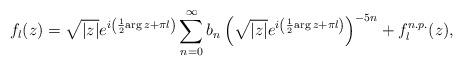
LaTeX: \begin{align*}f_l(z) =\sqrt{|z|} e^{i\left({1\over 2} {\rm arg}\, z +\pi l\right)}\sum_{n=0}^\infty b_n\left(\sqrt{|z|} e^{i\left({1\over 2} {\rm arg}\, z +\pi l\right)}\right)^{-5n}+f^{n.p.}_l(z),\end{align*}